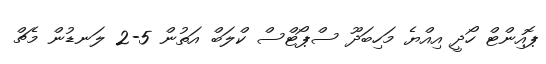
ޕޮއިންޓް ހޯދީ އިއްޔެ މަހިބަދޫ ސްޕޯޓްސް ކްލަބް އަތުން 5-2 ލަނޑުން މެޗް